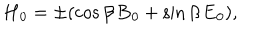
{ \bf H } _ { 0 } = \pm ( \cos \beta \, { \bf B } _ { 0 } + \sin \beta \, { \bf E } _ { 0 } ) ,